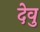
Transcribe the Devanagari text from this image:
देवु